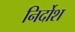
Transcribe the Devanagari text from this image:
निर्दोश